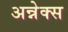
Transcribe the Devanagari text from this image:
अन्नेक्स